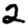
Digit: 2